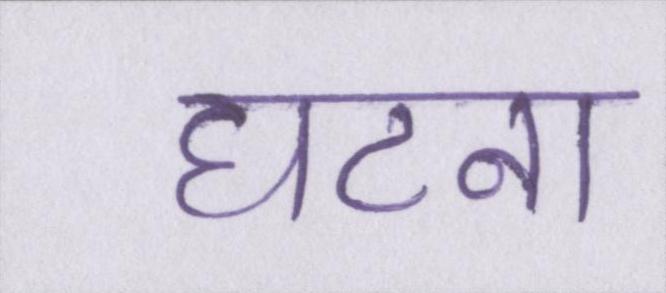
घटना